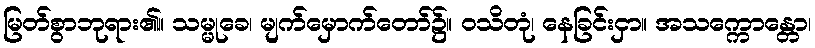
မြတ်စွာဘုရား၏။ သမ္မုခေ၊ မျက်မှောက်တော်၌။ ဝသိတုံ၊ နေခြင်းငှာ။ အသက္ကောန္တော၊